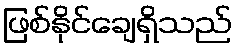
ဖြစ်နိုင်ချေရှိသည်